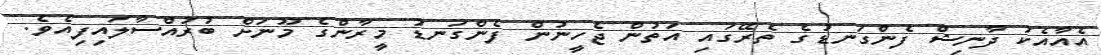
އެއާއެކު ދާނިޝް ފެންގަނޑުގެ ތެރޭގައި އަތުން ޖެހީނުން ފެންގަނޑު މީރާންގެ މޫނަށް ބުރުއްސާލައިފިއެވެ.